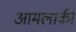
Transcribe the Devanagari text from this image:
आमलाकी